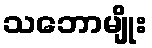
သဘောမျိုး